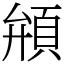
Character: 䪻